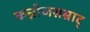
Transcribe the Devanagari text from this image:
कन्नौजसम्राट्